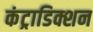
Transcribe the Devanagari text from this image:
कंट्राडिक्शन